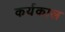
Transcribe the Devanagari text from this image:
कर्यकाल